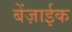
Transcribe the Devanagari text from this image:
बेंज़ाईक